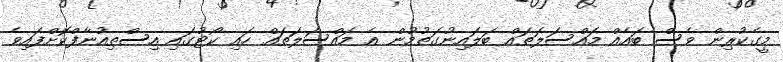
މީގެކުރިން ވެސް ބައެއް މައްސަލަތައް ބަލައިނުގަތުމުން އެ މައްސަލަތައް ހައި ކޯޓުގައި އިސްތިއުނާފްކޮށްފައިވެ